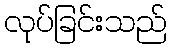
လုပ်ခြင်းသည်